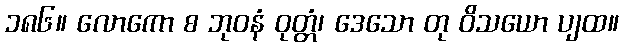
၁၈၆။ လောကော စ ဘုဝနံ ဝုတ္တံ၊ ဒေသော တု ဝိသယော ပျထ။